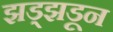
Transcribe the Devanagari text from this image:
झड्झडून